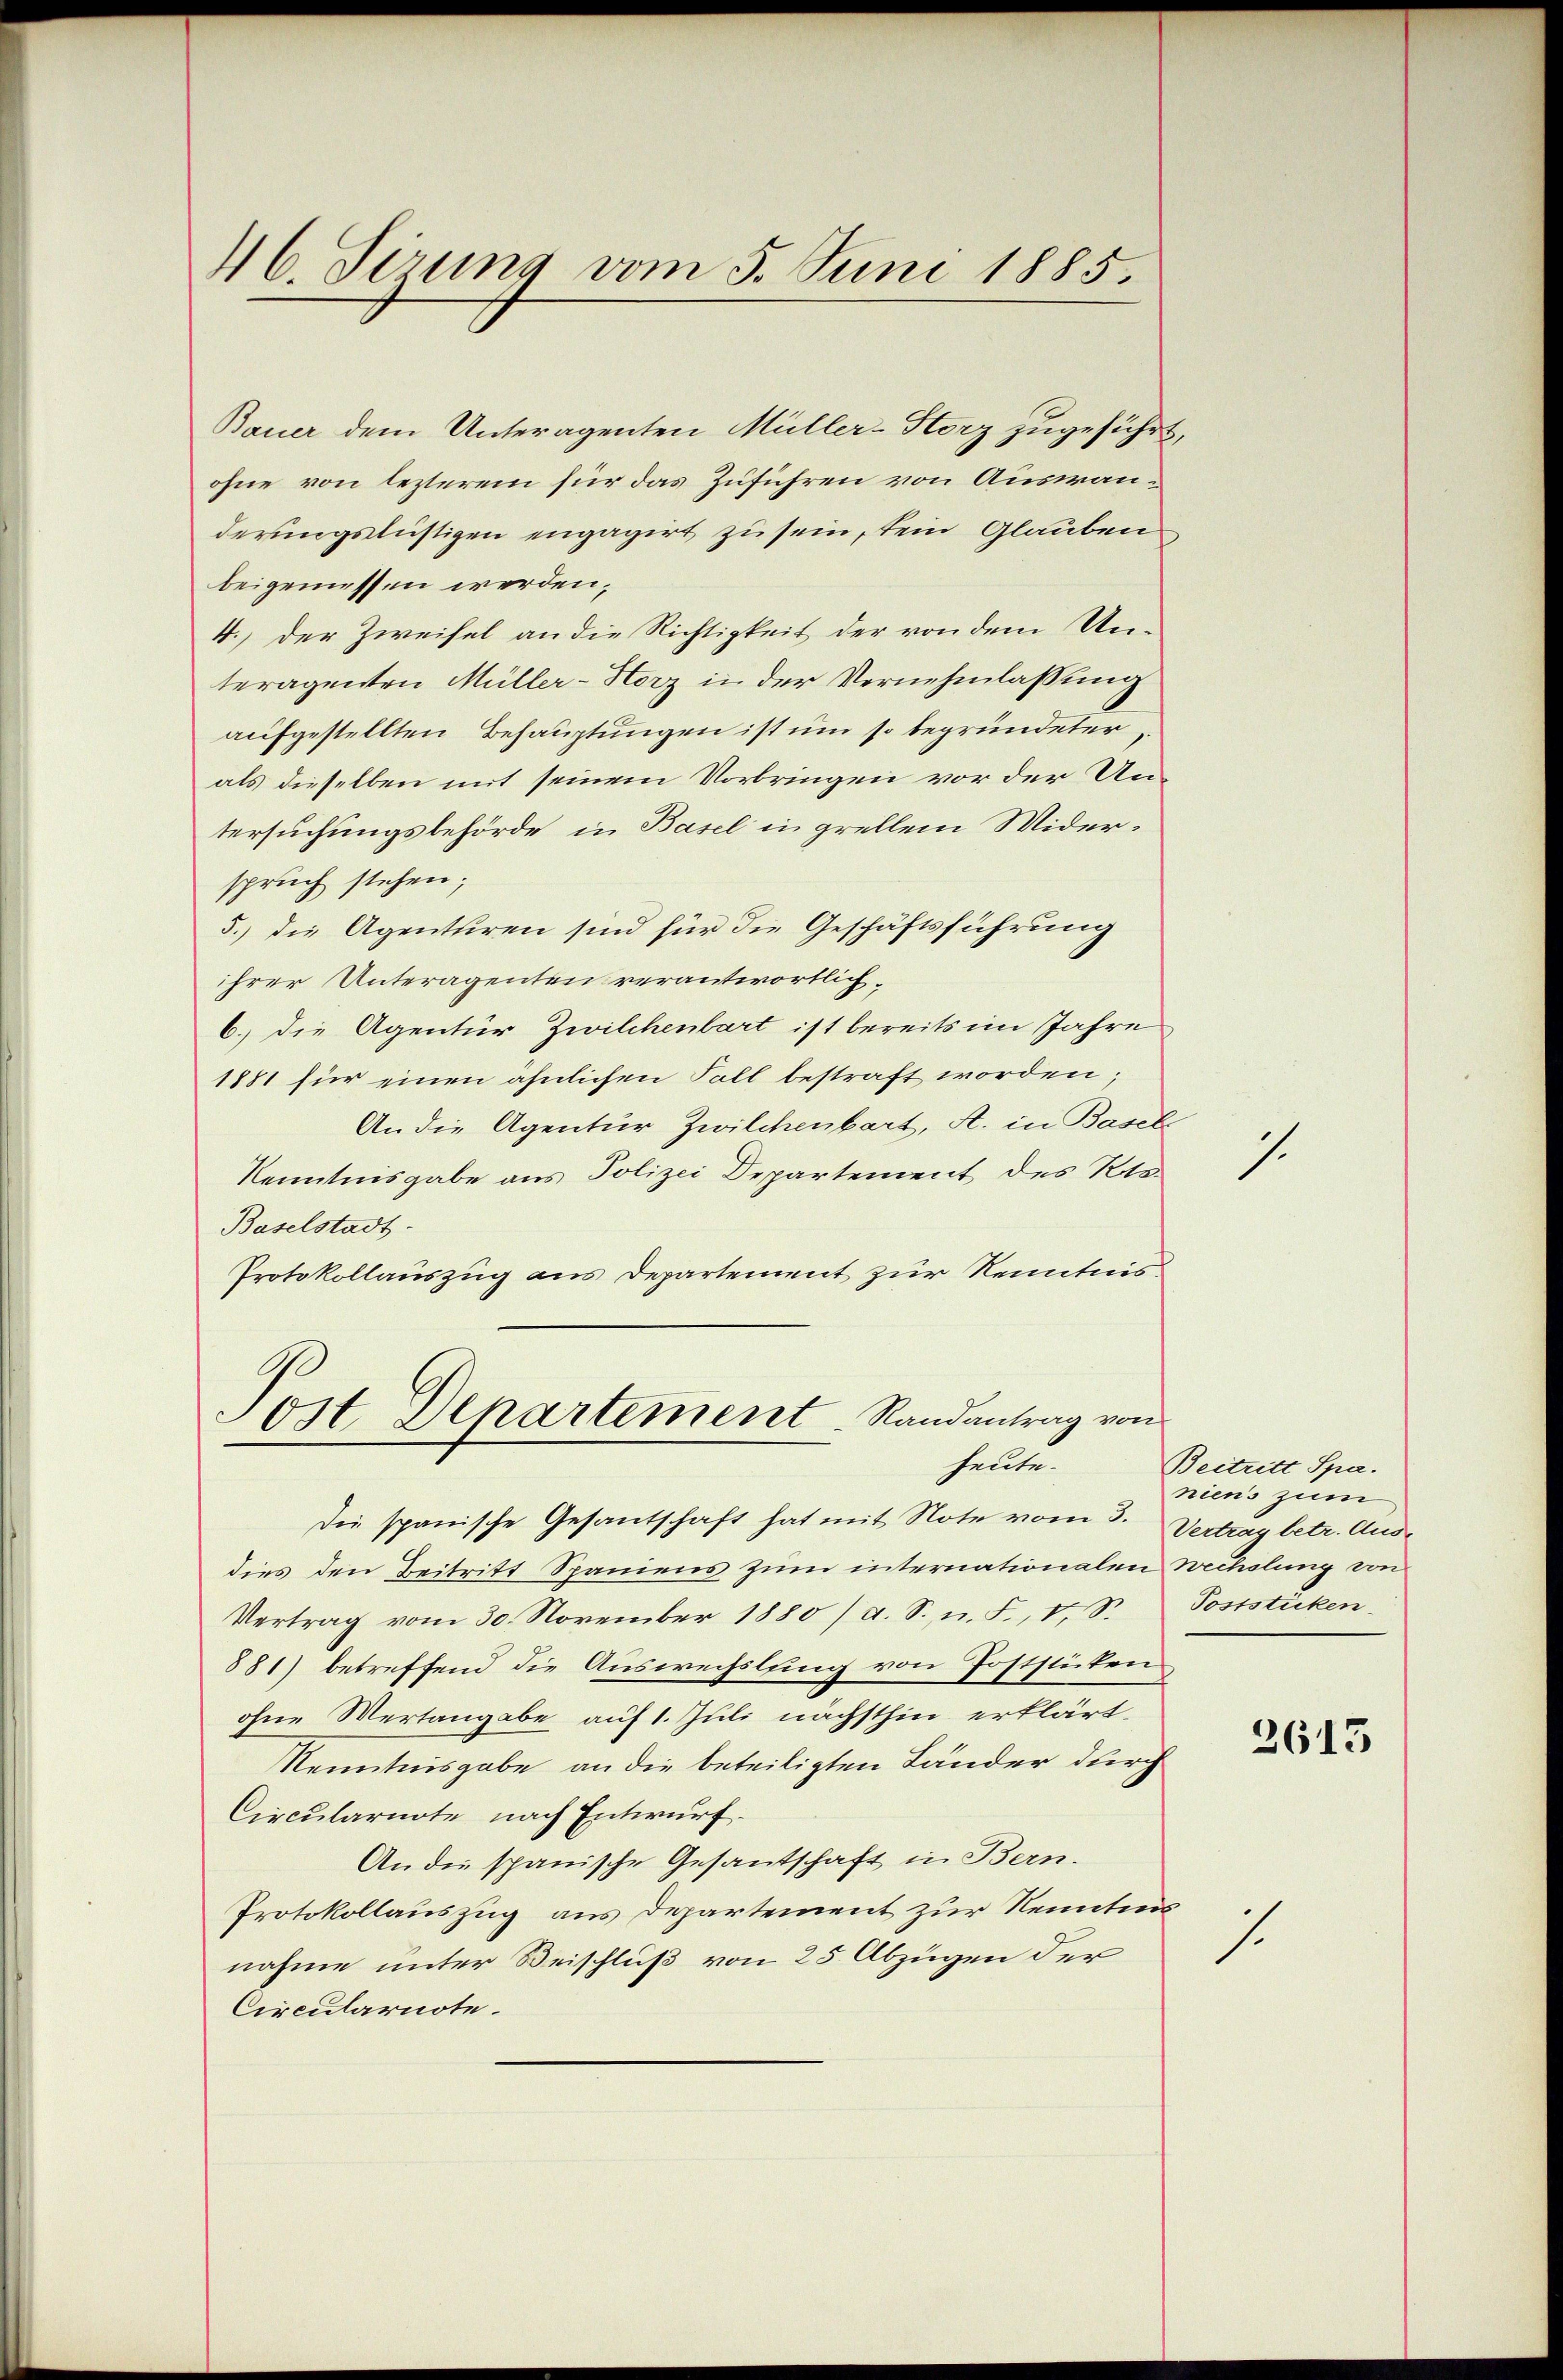
Bauer dem Unteragenten Müller-Storz zugeführt
ohne von lezterem für das Zuführen von Auswanderungslustigen engagirt zu sein, kein Glauben
beigemessen werden,
4.) Der Zweifel an die Richtigkeit der von dem Unteragenten Müller-Herz in der Vernehmlassung
aufgestellten Behauptungen ist um so begründeter
als dieselben mit seinem Vorbringen vor der Untersuchungsbehörde in Basel in grellem Widerspruch stehen;
5.) die Agenturen sind für die Geschäftsführung
ihrer Unteragenten verantwortlich¬
6.) Die Agentür Zwilchenbart ist bereits im Jahre
1881 für einen ähnlichen Fall bestraft worden;
An die Agentur Zwilchenbart, A. in Basel-
Kenntnisgabe aus Polizei Departement des Roto¬
Baselstadt.
Protokollauszug aus Departement zur Kenntnis¬

46. Sirung vom 5. Juni 1885.

Tost, Departement Randantrag von
helte.

Die spanische Gesantschaft hat mit Note vom 3. Vertrag betr. Ausdies den Beitritt Spaniens zum internationalen Wechslung von
Vertrag vom 30. November 1880 /d. S. n. F. v. S. Poststücken
881) betreffend die Auswechslung von Poststücken
ohne Mertangabe auf 1. Juli nächsthin erklärt,
Kenntnisgabe an die beteiligten Länder durch
Circularnote nach Entwurf.
An die spanische Gesantschaft in Bern.
Protokollauszug aus Departement zur Kenntnis
nahme unter Beischluß von 25 Abzügen der
Circularnote.

2.

7.

Beitritt Spa.
niens zum

1.

2613